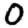
Digit: 0